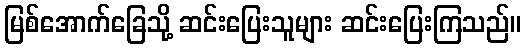
မြစ်အောက်ခြေသို့ ဆင်းပြေးသူများ ဆင်းပြေးကြသည်။